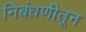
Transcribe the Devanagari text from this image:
निबंधणीतून